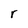
Character: r